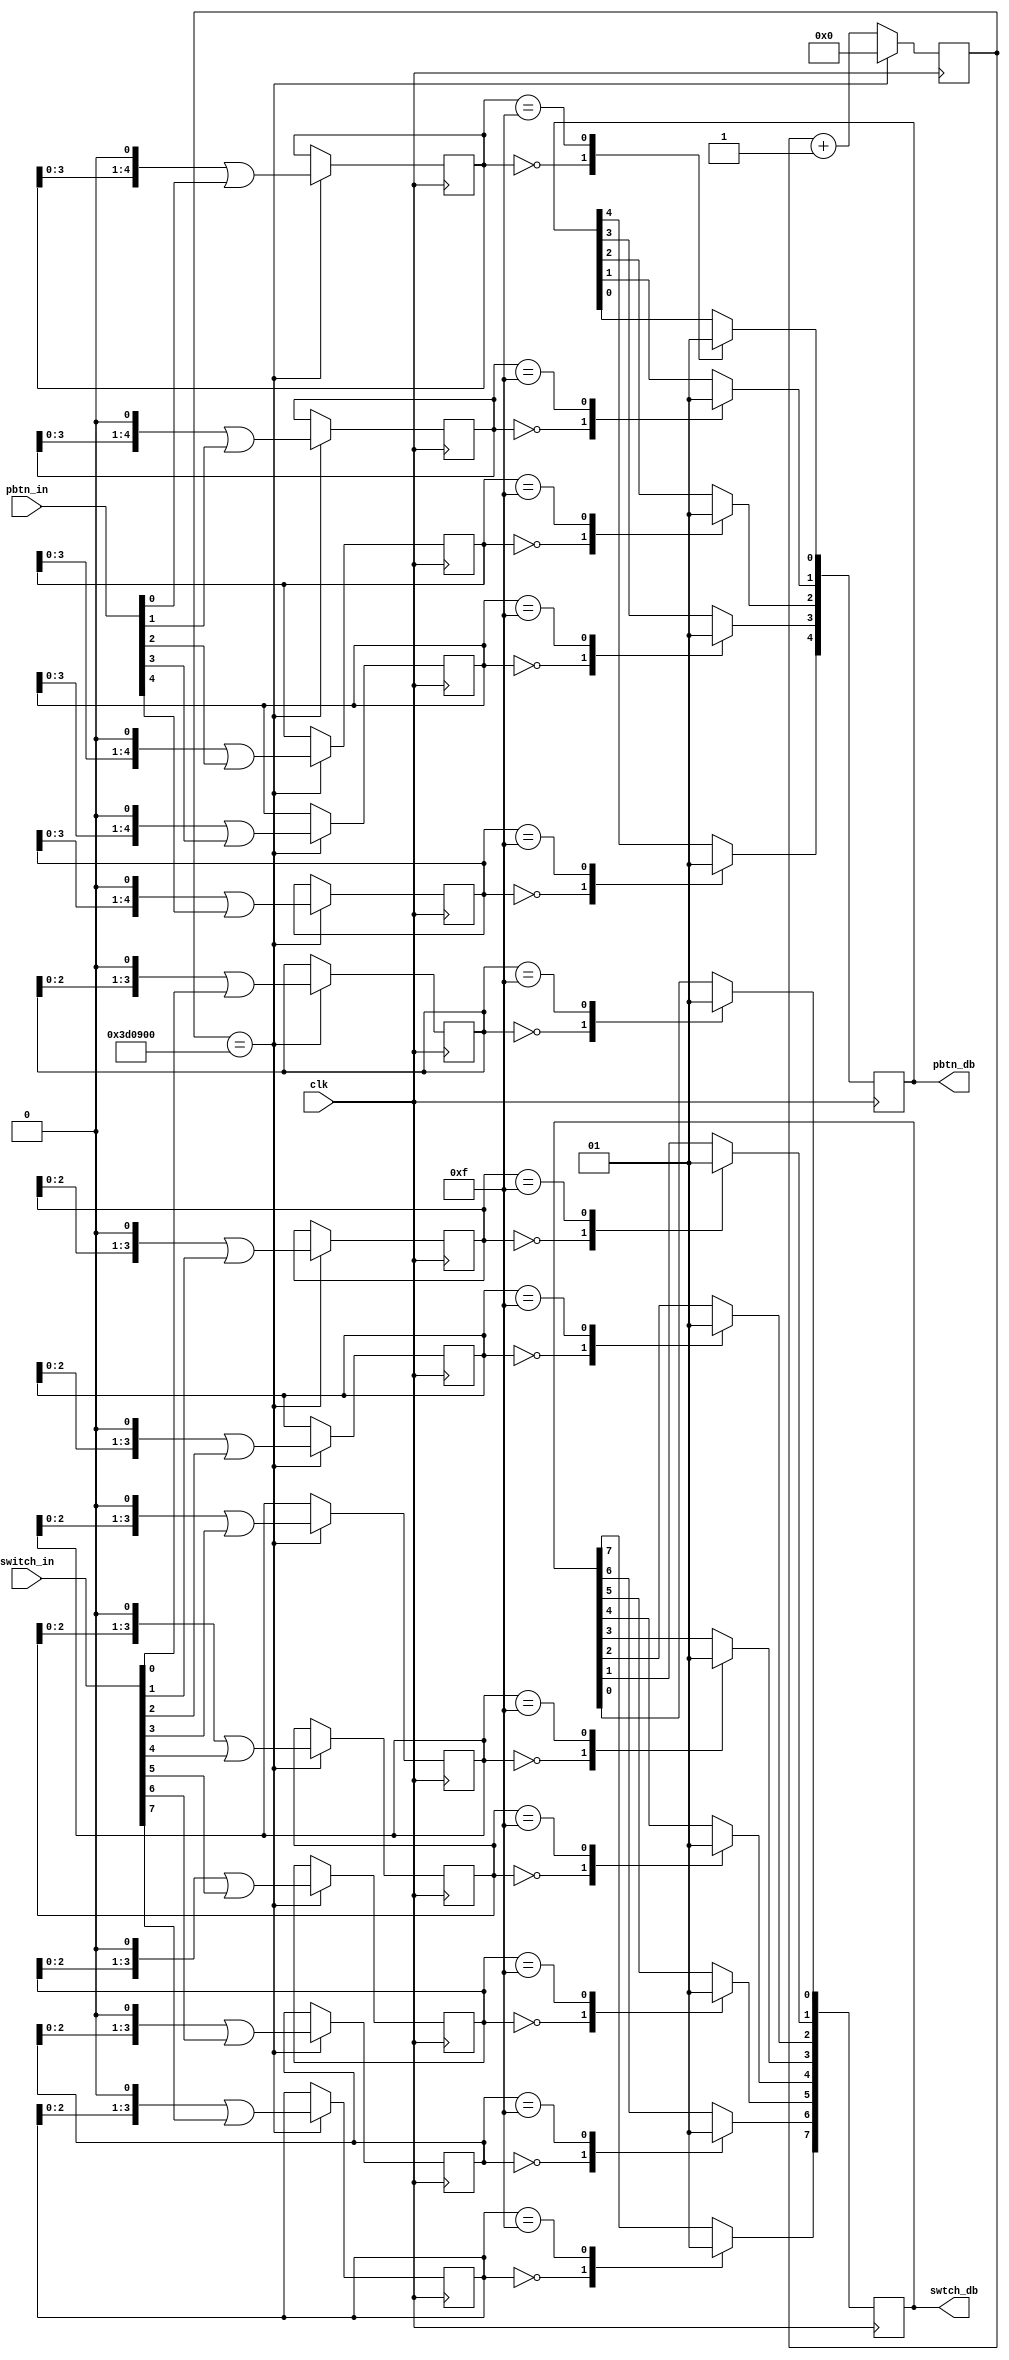
/********************************************************************
* module debounce() - debounces pushbuttons and switches			*			
*																	*
* Copyright Roy Kravitz 2008-2011, 2012								*
*																	*
* Modified for Nexys3 (8 switches) board by Roy Kravitz 9/19/2012	*
*																	*
* This circuit filters out mechanical bounce. It works by taking 	*  
* several time samples of the pushbutton and changing its output	*
* only after several sequential samples are the same value			*
*********************************************************************/ 
`timescale  1 ns / 1 ns
module debounce (
	//inputs
	input					clk,			// clock	
	input 		[4:0]		pbtn_in,		// pushbutton inputs
	// input						rosw_in,
	input 		[7:0]		switch_in,		// slider switch inputs
	
	
	//outputs
	output reg	[4:0]	pbtn_db  = 5'h0, 	// debounced outputs of pushbuttons	
	// output reg			rosw_db,
	output reg	[7:0]	swtch_db = 8'h0		//debounced outputs of slider switches
);
	 parameter simulate = 0;
    localparam debounce_cnt = simulate ? 22'd5          // debounce clock when simulating
                                       : 22'd4_000_000; // debounce count when running on HW

	//shift registers used to debounce switches and buttons	
	reg [21:0]	db_count = 22'h0;	//counter for debouncer
	reg [4:0]	shift_pb0 = 5'h0, shift_pb1 = 5'h0, shift_pb2 = 5'h0, shift_pb3 = 5'h0, shift_pb4 = 5'h0;
	reg [3:0]	shift_swtch0 = 4'h0, shift_swtch1 = 4'h0, shift_swtch2 = 4'h0, shift_swtch3 = 4'h0;	
    reg [3:0]	shift_swtch4 = 4'h0, shift_swtch5 = 4'h0, shift_swtch6 = 4'h0, shift_swtch7 = 4'h0;
			
	// debounce clock
	always @(posedge clk)
	begin 
		if (db_count == debounce_cnt)
			db_count <= 1'b0;	//takes 40mS to reach 4,000,000
		else
			db_count <= db_count + 1'b1;
	end
	
	always @(posedge clk) 
	begin
		if (db_count == debounce_cnt) begin	//sample every 40mS
			//shift registers for pushbuttons
			shift_pb0	<= (shift_pb0 << 1) | pbtn_in[0];		
			shift_pb1	<= (shift_pb1 << 1) | pbtn_in[1];		
			shift_pb2	<= (shift_pb2 << 1) | pbtn_in[2];		
			shift_pb3	<= (shift_pb3 << 1) | pbtn_in[3];
			shift_pb4 	<= (shift_pb4 << 1) | pbtn_in[4]; 
			
			//shift registers for slider switches
			shift_swtch0 <= (shift_swtch0 << 1) | switch_in[0];
			shift_swtch1 <= (shift_swtch1 << 1) | switch_in[1];
			shift_swtch2 <= (shift_swtch2 << 1) | switch_in[2];
			shift_swtch3 <= (shift_swtch3 << 1) | switch_in[3];
			shift_swtch4 <= (shift_swtch4 << 1) | switch_in[4];
			shift_swtch5 <= (shift_swtch5 << 1) | switch_in[5];
			shift_swtch6 <= (shift_swtch6 << 1) | switch_in[6];
			shift_swtch7 <= (shift_swtch7 << 1) | switch_in[7];
		end
		
		//debounced pushbutton outputs
		case(shift_pb0) 4'b0000: pbtn_db[0] <= 0; 4'b1111: pbtn_db[0] <= 1; endcase
		case(shift_pb1) 4'b0000: pbtn_db[1] <= 0; 4'b1111: pbtn_db[1] <= 1; endcase
		case(shift_pb2) 4'b0000: pbtn_db[2] <= 0; 4'b1111: pbtn_db[2] <= 1; endcase
		case(shift_pb3) 4'b0000: pbtn_db[3] <= 0; 4'b1111: pbtn_db[3] <= 1; endcase
		case(shift_pb4) 4'b0000: pbtn_db[4] <= 0; 4'b1111: pbtn_db[4] <= 1; endcase
		
		//debounced slider switch outputs
		case(shift_swtch0) 4'b0000: swtch_db[0] <= 0;  4'b1111: swtch_db[0] <= 1; endcase
		case(shift_swtch1) 4'b0000: swtch_db[1] <= 0;  4'b1111: swtch_db[1] <= 1; endcase
		case(shift_swtch2) 4'b0000: swtch_db[2] <= 0;  4'b1111: swtch_db[2] <= 1; endcase
		case(shift_swtch3) 4'b0000: swtch_db[3] <= 0;  4'b1111: swtch_db[3] <= 1; endcase	
		case(shift_swtch4) 4'b0000: swtch_db[4] <= 0;  4'b1111: swtch_db[4] <= 1; endcase
		case(shift_swtch5) 4'b0000: swtch_db[5] <= 0;  4'b1111: swtch_db[5] <= 1; endcase
		case(shift_swtch6) 4'b0000: swtch_db[6] <= 0;  4'b1111: swtch_db[6] <= 1; endcase
		case(shift_swtch7) 4'b0000: swtch_db[7] <= 0;  4'b1111: swtch_db[7] <= 1; endcase
	end
	
endmodule